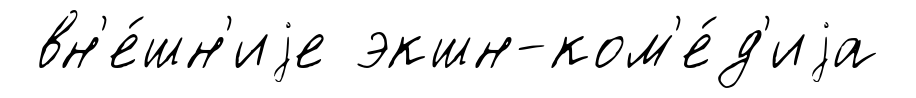
вн'е́шн'иjе экшн-ком'е́д'иjа